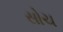
સોચ